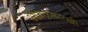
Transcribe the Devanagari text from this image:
आेंबळसारखी